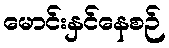
မောင်းနှင်နေစဉ်